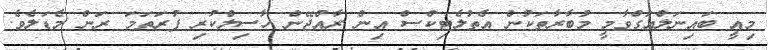
މިއީ ބައިނަލްއަގްވާމީ މުބާރާތަކުން އެތުލެޓިކްސް އިން ރާއްޖޭން ހާސިލްކުރި ފުރަތަމަ ރަން މެޑަލެވެެ.